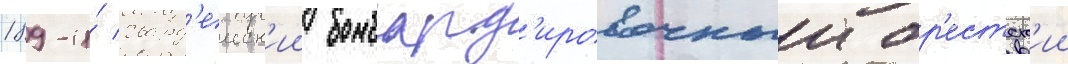
189-и́ гвард'еиск'ии бомбард'ировочныи бр'естск'ии